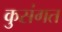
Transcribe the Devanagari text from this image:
कुसंगत